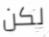
لكن